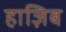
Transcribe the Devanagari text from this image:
हाज़िब